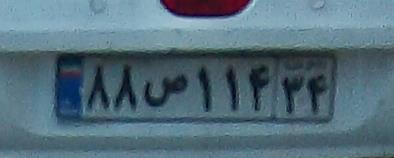
۸۸ص۱۱۴۳۴